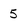
Character: 5